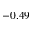
- 0 . 4 9